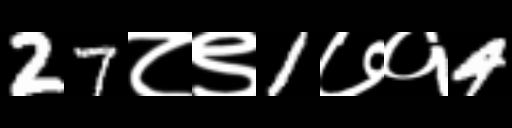
Text: 27८९1७१4